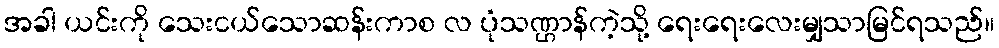
အခါ ယင်းကို သေးငယ်သောဆန်းကာစ လ ပုံသဏ္ဌာန်ကဲ့သို့ ရေးရေးလေးမျှသာမြင်ရသည်။